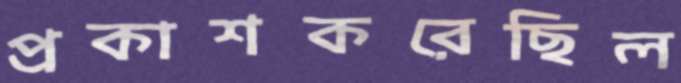
প্রকাশকরেছিল